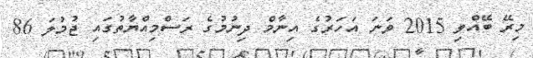
މިރޭ ބޭއްވި 2015 ވަނަ އަހަރުގެ އިނާމް ދިނުމުގެ ރަސްމިއްޔާތުގައި ޖުމުލަ 86